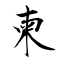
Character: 柬